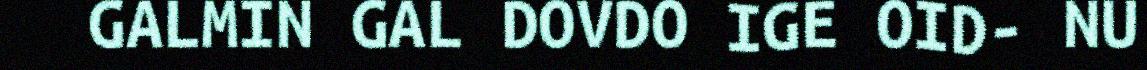
GALMIN GAL DOVDO IGE OID- NU